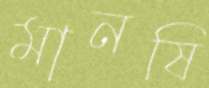
মানষি